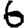
Digit: 6